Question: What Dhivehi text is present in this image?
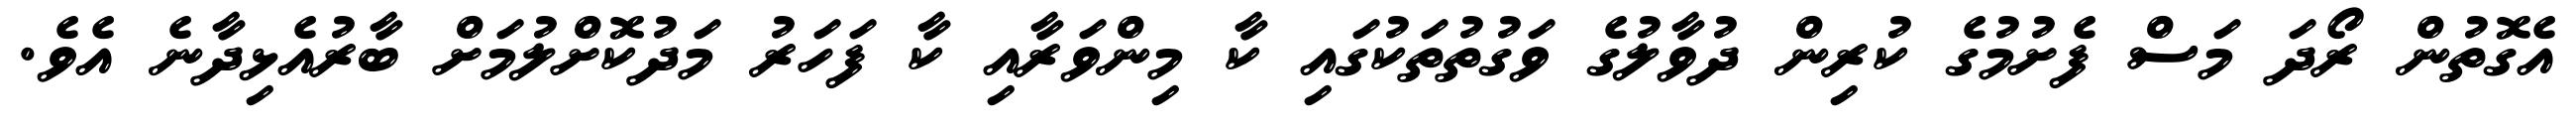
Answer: އެގޮތުން ރޯދަ މަސް ފެށުމުގެ ކުރިން ދުވާލުގެ ވަގުތުތަކުގައި ކާ މިންވަރާއި ކާ ފަހަރު މަދުކޮށްލުމަށް ބާރުއެޅިދާނެ އެވެ.